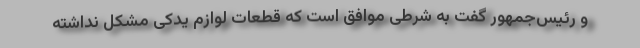
و رئیس‌جمهور گفت به شرطی موافق است که قطعات لوازم یدکی مشکل نداشته